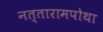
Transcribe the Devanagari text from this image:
नत्तारामपोथा